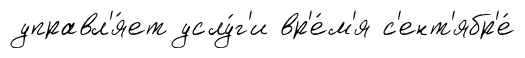
управл'я́ет услу́г'и вр'е́м'я с'ент'ябр'е́